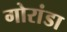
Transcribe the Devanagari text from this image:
गोरांडा